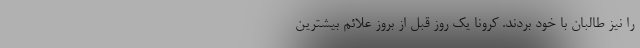
را نیز طالبان با خود بردند. کرونا یک روز قبل از بروز علائم بیشترین